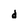
Character: d